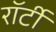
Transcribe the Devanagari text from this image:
रॉर्टी